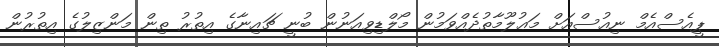
ޕީއެސްއެމް ނިއުސްއަށް މަޢުލޫމާތުދެއްވަމުން މޯލްޑިވިއަނުން ބުނީ ޗައިނާގެ އިތުރު ތިން މަންޒިލުގެ އިތުރުން